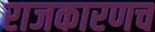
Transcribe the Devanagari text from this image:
राजकारणच